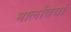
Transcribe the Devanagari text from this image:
मालवियां